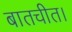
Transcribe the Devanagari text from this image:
बातचीत।